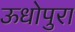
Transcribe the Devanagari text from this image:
ऊधोपुरा